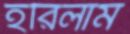
হরিলাম